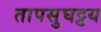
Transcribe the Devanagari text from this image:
तापसुघट्टय